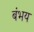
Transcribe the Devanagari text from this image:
बंभय